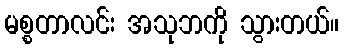
မစ္စတာလင်း အသုဘကို သွားတယ်။